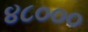
૪૮૦૦૦